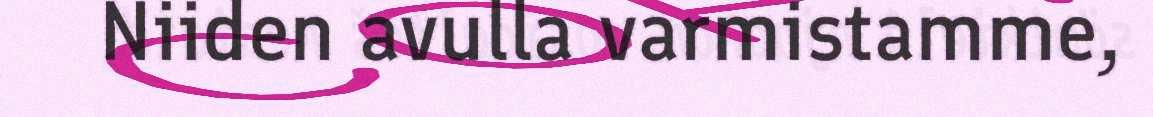
Niiden avulla varmistamme,